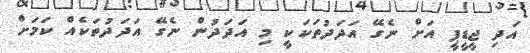
އަދި ޖީޑީޕީ އަށް ނެގޭ އަދަދުތަކަކީ މި އަދަދުން ނެގޭ އަދަދުތަކެއް ކަމަށް